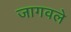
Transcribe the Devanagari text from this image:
जागवले